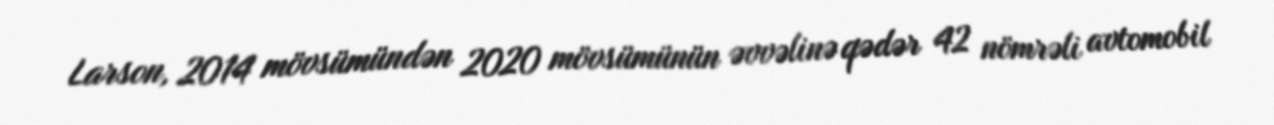
Larson, 2014 mövsümündən 2020 mövsümünün əvvəlinə qədər 42 nömrəli avtomobil